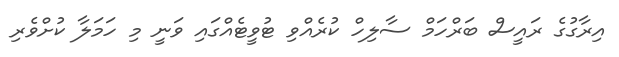
އިރާގުގެ ރައީސް ބަރްހަމް ސާލިހް ކުރެއްވި ޓުވީޓެއްގައި ވަނީ މި ހަމަލާ ކުށްވެރި